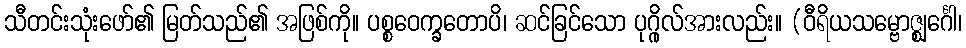
သီတင်းသုံးဖော်၏ မြတ်သည်၏ အဖြစ်ကို။ ပစ္စဝေက္ခတောပိ၊ ဆင်ခြင်သော ပုဂ္ဂိုလ်အားလည်း။ (ဝီရိယသမ္ဗောဇ္ဈင်္ဂေါ၊